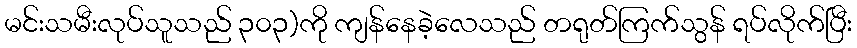
မင်းသမီးလုပ်သူသည် ၃၀၃)ကို ကျန်နေခဲ့လေသည် တရုတ်ကြက်သွန် ရပ်လိုက်ပြီး